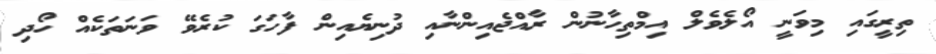
ތިރީގައި މިވަނީ އޯލެވެލް އިމްތިހާނުން ރާއްޖެއިންނާއި ދުނިޔެއިން ފާހަގަ ކުރެވޭ ވަނަތަކެއް ހޯދި